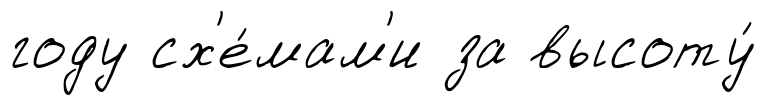
году сх'е́мам'и за высоту́